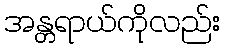
အန္တရာယ်ကိုလည်း